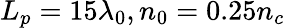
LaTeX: L_{p}=15\lambda_{0},n_{0}=0.25n_{c}